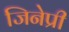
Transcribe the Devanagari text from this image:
जिनेप्री